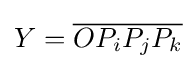
Y={\overline {OP_{i}P_{j}P_{k}}}